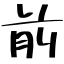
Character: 前